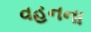
વહનના